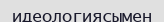
идеологиясымен